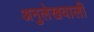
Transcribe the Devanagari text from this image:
अनुलेखवाली